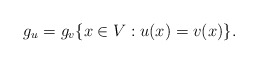
\begin{align*} g_u = g_v \{x \in V : u(x)=v(x)\}.\end{align*}